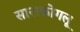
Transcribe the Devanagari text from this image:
साराकोगलू